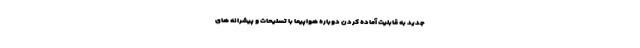
جدید به قابلیت آماده کردن دوباره هواپیما با تسلیحات و پیشرانه های